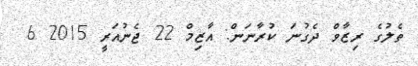
ތެލުގެ ރިޒާވް ދެގުނަ ކުރާނަން: އާޒިމް 22 ޖެނުއަރީ 2015 6